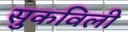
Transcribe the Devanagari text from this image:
सुकविली